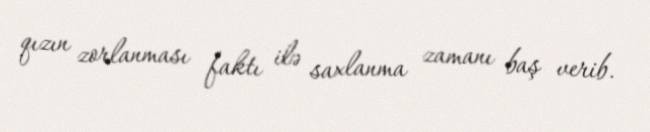
qızın zorlanması faktı ilə saxlanma zamanı baş verib.